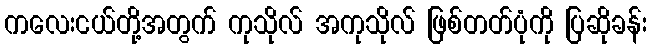
ကလေးငယ်တို့အတွက် ကုသိုလ် အကုသိုလ် ဖြစ်တတ်ပုံကို ပြဆိုခန်း